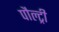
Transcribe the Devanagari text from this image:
पौल्ट्री